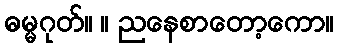
ဓမ္မဂုတ်။ ။ ညနေစာတော့ကော။